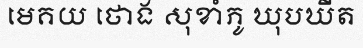
មេគយ ថោង សុខាំភូ ឃុបឃីត